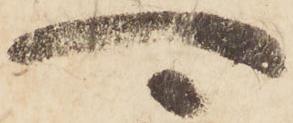
可